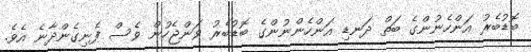
ބޮޑުބެރު އަންހެނުންގެ ބަތް ދަނޑި އަންހެންނުންގެ ބޮޑުބެރު ވަންޖެހުން ވެސް ފެނިގެންދާނެ އެވެ.